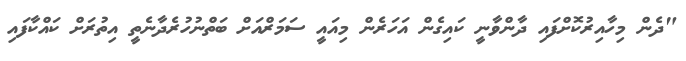
"ދެން މިހާއިރުކޮށްފައި ދާންވާނީ ކައިގެން އަހަރެން މިއައީ ސަމަރްއަށް ބަތްނުހުރެދާނެތީ އިތުރަށް ކައްކާފައި